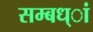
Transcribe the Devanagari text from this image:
सम्बध्ां